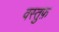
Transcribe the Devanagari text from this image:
वस्तुफ़